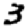
Digit: 3